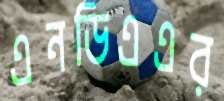
এনডিএএর